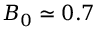
B _ { 0 } \simeq 0 . 7